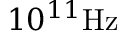
1 0 ^ { 1 1 } \mathrm { H z }